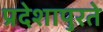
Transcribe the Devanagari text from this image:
प्रदेशापुरते